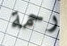
رحمة